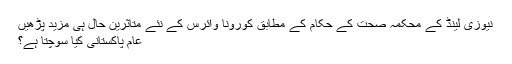
نیوزی لینڈ کے محکمہ صحت کے حکام کے مطابق کورونا وائرس کے نئے متاثرین حال ہی مزید پڑھیں
عام پاکستانی کیا سوچتا ہے؟